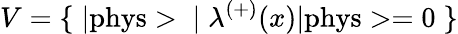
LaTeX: V=\{ \; |\mathrm{phys}>\; |\; {\lambda}^{(+)}(x)|\mathrm{phys}>=0\; \}